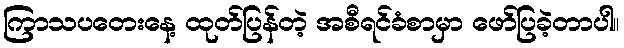
ကြာသပတေးနေ့ ထုတ်ပြန်တဲ့ အစီရင်ခံစာမှာ ဖော်ပြခဲ့တာပါ။